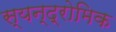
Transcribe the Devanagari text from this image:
स्यन्द्रोमिक